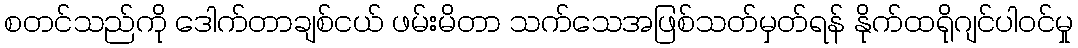
စတင်သည်ကို ဒေါက်တာချစ်ငယ် ဖမ်းမိတာ သက်သေအဖြစ်သတ်မှတ်ရန် နိုက်ထရိုဂျင်ပါဝင်မှု